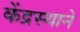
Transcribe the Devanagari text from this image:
केंद्रस्थाने